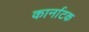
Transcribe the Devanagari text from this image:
कार्नाटक